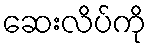
ဆေးလိပ်ကို